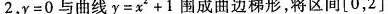
2$$， $$y = 0$$ 与曲线 $$y = x ^ { 2 } + 1$$ 围成曲边梯形，将区间\left [ 0，2\right ]